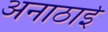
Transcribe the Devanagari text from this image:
अनाठाई